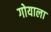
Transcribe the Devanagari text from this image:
गोयाला